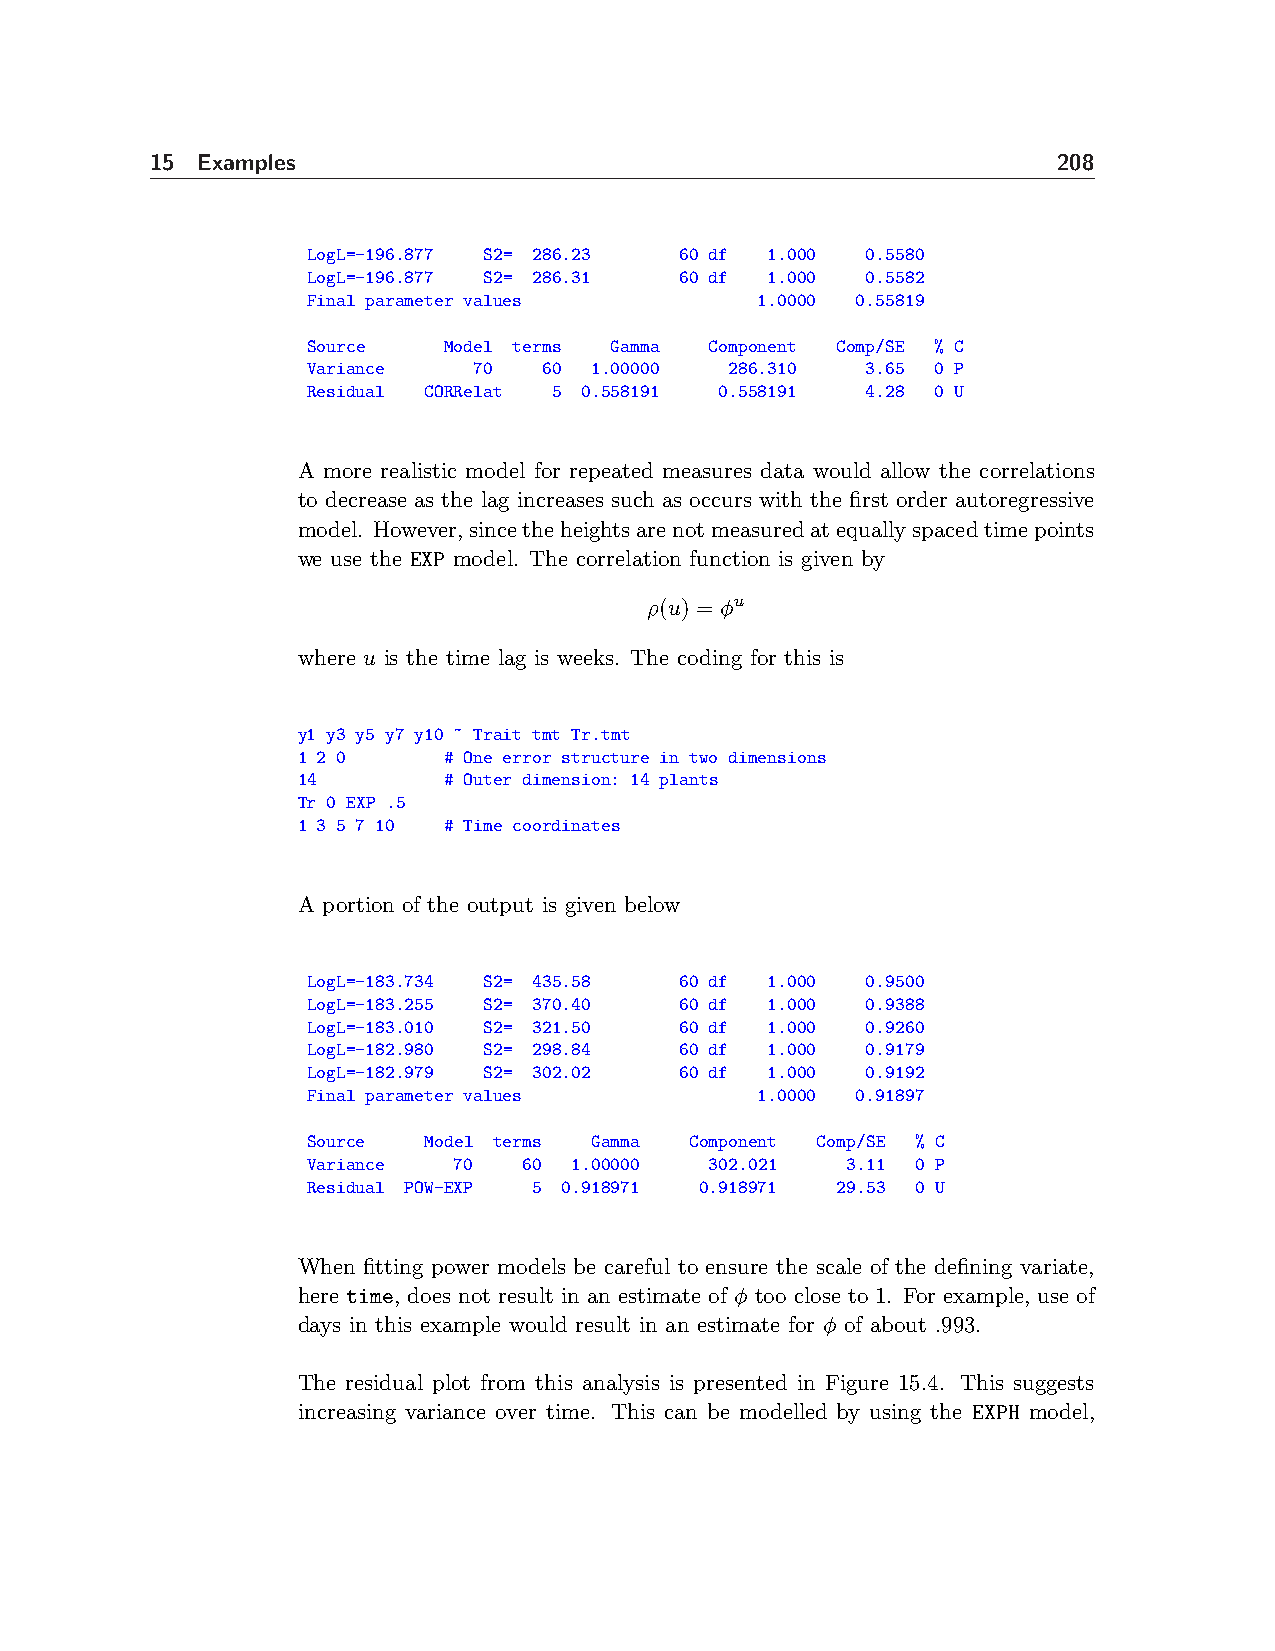
15 Examples                                                 208
 LogL=-196.877 S2= 286.23 60 df 1.000 0.5580
 LogL=-196.877 S2= 286.31 60 df 1.000 0.5582
 Final parameter values        1.0000 0.55819
 Source   Model terms Gamma Component Comp/SE % C
 Variance   70   60 1.00000  286.310  3.65 0 P
 Residual CORRelat 5 0.558191 0.558191 4.28 0 U
 A more realistic model for repeated measures data would allow the correlations
 to decrease as the lag increases such as occurs with the first order autoregressive
 model. However,sincetheheightsarenotmeasuredatequallyspacedtimepoints
 we use the EXP model. The correlation function is given by
 ρ(u) = φu
 where u is the time lag is weeks. The coding for this is
 y1 y3 y5 y7 y10 ~ Trait tmt Tr.tmt
 1 2 0    # One error structure in two dimensions
 14       # Outer dimension: 14 plants
 Tr 0 EXP .5
 1 3 5 7 10 # Time coordinates
 A portion of the output is given below
 LogL=-183.734 S2= 435.58 60 df 1.000 0.9500
 LogL=-183.255 S2= 370.40 60 df 1.000 0.9388
 LogL=-183.010 S2= 321.50 60 df 1.000 0.9260
 LogL=-182.980 S2= 298.84 60 df 1.000 0.9179
 LogL=-182.979 S2= 302.02 60 df 1.000 0.9192
 Final parameter values        1.0000 0.91897
 Source  Model terms Gamma Component Comp/SE % C
 Variance  70   60 1.00000  302.021  3.11 0 P
 Residual POW-EXP 5 0.918971 0.918971 29.53 0 U
 When fitting power models be careful to ensure the scale of the defining variate,
 here time, does not result in an estimate of φ too close to 1. For example, use of
 days in this example would result in an estimate for φ of about .993.
 The residual plot from this analysis is presented in Figure 15.4. This suggests
 increasing variance over time. This can be modelled by using the EXPH model,